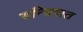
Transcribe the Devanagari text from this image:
सन्धिवात